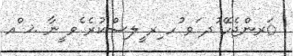
ަރންޖެހޭ ުދ ަވ ުހ ިރ ީލސްކުރެ ެވ ީނާ .ޚ ްއ